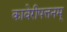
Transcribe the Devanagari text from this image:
कावेरीपत्तनम्